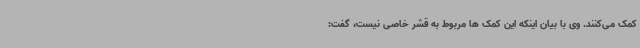
کمک می‌کنند. وی با بیان اینکه این کمک ها مربوط به قشر خاصی نیست، گفت: